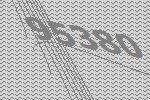
95380